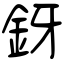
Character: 釾